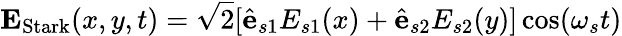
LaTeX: \textbf{E}_{\textrm{Stark}}(x,y,t)=\sqrt{2}[\hat{\textbf{e}}_{s1}E_{s1}(x)+\hat{\textbf{e}}_{s2}E_{s2}(y)]\cos(\omega_{s}t)